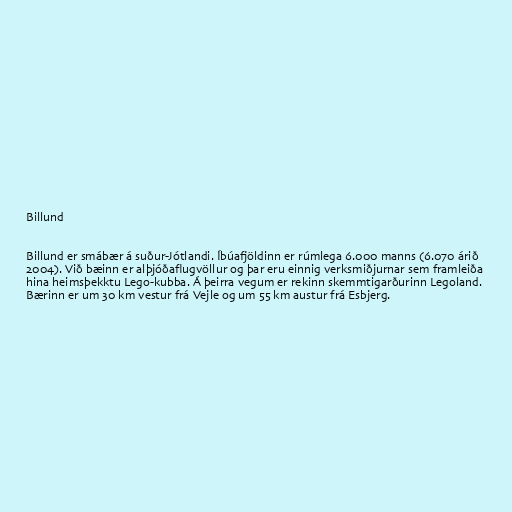
Billund

Billund er smábær á suður-Jótlandi. Íbúafjöldinn er rúmlega 6.000 manns (6.070 árið
2004). Við bæinn er alþjóðaflugvöllur og þar eru einnig verksmiðjurnar sem framleiða
hina heimsþekktu Lego-kubba. Á þeirra vegum er rekinn skemmtigarðurinn Legoland.
Bærinn er um 30 km vestur frá Vejle og um 55 km austur frá Esbjerg.